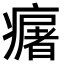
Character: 𤺈